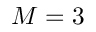
M = 3